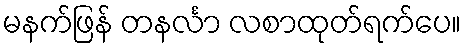
မနက်ဖြန် တနင်္လာ လစာထုတ်ရက်ပေ။